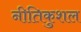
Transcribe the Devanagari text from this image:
नीतिकुशल